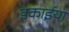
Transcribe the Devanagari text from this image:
इकाईया